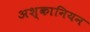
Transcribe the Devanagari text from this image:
अश्कानियन